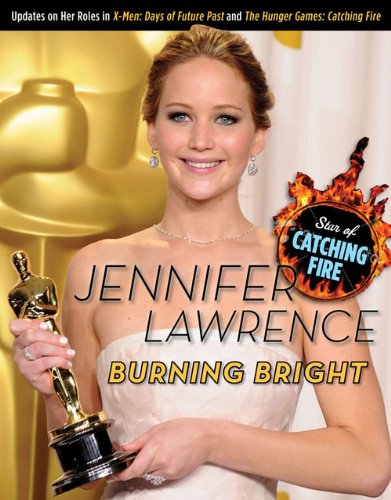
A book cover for Jennifer Lawrence: Burning Bright; Triumph Books; Teen & Young Adult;